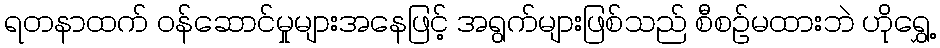
ရတနာထက် ဝန်ဆောင်မှုများအနေဖြင့် အရွက်များဖြစ်သည် စီစဉ်မထားဘဲ ဟိုရွှေ့